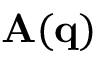
\mathbf { A } ( \mathbf { q } )